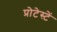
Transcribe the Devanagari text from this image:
प्रोटेस्टें